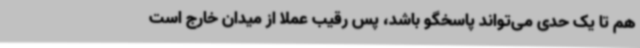
هم تا یک حدی می‌تواند پاسخگو باشد، پس رقیب عملا از میدان خارج است